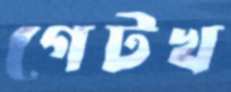
গেটখ